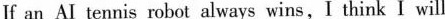
If an AI tennis robot always wins,I think I will